Sketch of the medical history of the native army of Bombay, for the year
Year: 1875
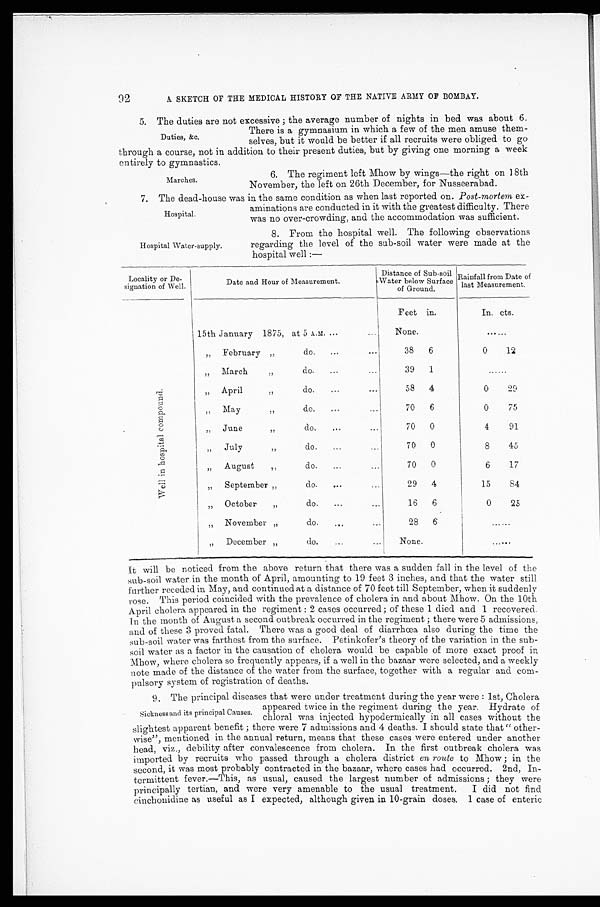
92
A SKETCH OF THE MEDICAL HISTORY OF THE NATIVE ARMY OF BOMBAY.
5. The duties are not excessive; the average number of nights in bed was about 6.
There is a gymnasium in which a few of the men amuse them-
selves, but it would be better if all recruits were obliged to go
through a course, not in addition to their present duties, but by giving one morning a week
entirely to gymnastics.
Duties, &c.
Marches.
6. The regiment left Mhow by wings—the right on 18th
November, the left on 26th December, for Nusseerabad.
7. The dead-house was in the same condition as when last reported on. Post-mortem ex
-aminations are conducted in it with the greatest difficulty. There
was no over-crowding, and the accommodation was sufficient.
Hospital.
Hospital Water-supply.
8. From the hospital well. The following observations
regarding the level of the sub-soil water were made at the
hospital well:—
Locality or De-
signation of Well.
Date and Hour of Measurement.
Distance of Sub-soil
Wa t e r be l ow Sur f a c e
of Ground.
Rainfall from Date of
last Measurement.
W e l l i n h o s p i t a l c o m p o u n d .
15th January 1875, at 5 A.M.
Feet in.
None.
In. cts.
. . . . . .
” February ” do.
38 6
0 12
” March
” do.
39 1
......
” April ” do.
58 4
0 29
” May ” do.
70 6
0 75
”June ” do.
70 0
4 91
” July ” do.
70 0
8 45
” August ” do.
70 0
6 1 7
” September ” do.
29 4
15 84
” October ” do.
16 6
0 25
” November ” do.
28 6
.......
” December ” do.
None.
. . . . . . .
I t w i l l b e n o t i c e d f r o m t h e a b o v e r e t u r n t h a t t h e r e w a s a s u d d e n f a l l i n t h e l e v e l o f t h e
sub-soil water in the month of April, amounting to 19 feet 3 inches, and that the water still
further receded in May, and continued at a distance of 70 feet till September, when it, suddenly
rose. This period coincided with the prevalence of cholera in and about Mhow. On the 10th
April cholera appeared in the regiment: 2 cases occurred; of these 1 died and 1 recovered.
I n t h e m o n t h o f A u g u s t a s e c o n d o u t b r e a k o c c u r r e d i n t h e r e g i m e n t ; t h e r e w e r e 5 a d m i s s i o n s ,
and of these 3 proved fatal. There was a good deal of diarrhœa also during the time the
sub-soil water was farthest from the surface. Petinkofer's theory of the variation in the sub
- s o i l w a t e r a s a f a c t o r i n t h e c a u s a t i o n o f c h o l e r a w o u l d b e c a p a b l e o f m o r e e x a c t p r o o f i n
Mhow, where cholera so frequently appears, if a well in the bazaar were selected, and a weekly
note made of the distance of the water from the surface, together with a regular and com
- p u l s o r y s y s t e m o f r e g i s t r a t i o n o f d e a t h s .
9. The principal diseases that were under treatment during the year were: 1st, Cholera
appeared twice in the regiment during the year. Hydrate of
chloral was injected hypodermically in all cases without the
slightest apparent benefit; there were 7 admissions and 4 deaths. I should state that “other
- w i s e ” , m e n t i o n e d i n t h e a n n u a l r e t u r n , m e a n s t h a t t h e s e c a s e s w e r e e n t e r e d u n d e r a n o t h e r
head, viz., debility after convalescence from cholera. In the first outbreak cholera was
imported by recruits who passed through a cholera district en route to Mhow; in the
second, it was most probably contracted in the bazaar, where cases had occurred. 2nd, In
- t e r m i t t e n t f e v e r . — T h i s , a s u s u a l , c a u s e d t h e l a r g e s t n u m b e r o f a d m i s s i o n s ; t h e y w e r e
principally tertian, and were very amenable to the usual treatment. I did not find
c i n c h o n i d i n e a s u s e f u l a s I e x p e c t e d , a l t h o u g h g i v e n i n 1 0 - g r a i n d o s e s . 1 c a s e o f e n t e r i c
Sickness and its principal Causes.